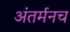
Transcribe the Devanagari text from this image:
अंतर्मनच